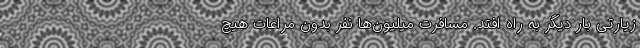
زیارتی بار دیگر به راه افتد. مسافرت میلیون‌‌ها نفر بدون مراعات هیچ